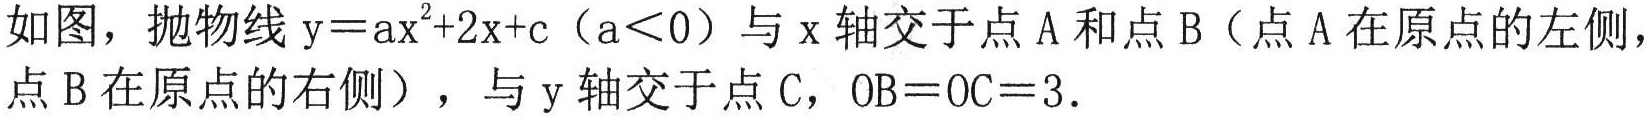
如图，抛物线\(y = ax^{2}+2x + c\)（\(a<0\)）与\(x\)轴交于点\(A\)和点\(B\)（点\(A\)在原点的左侧，点\(B\)在原点的右侧），与\(y\)轴交于点\(C\)，\(OB = OC = 3\)．